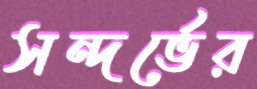
সন্দর্ভের